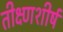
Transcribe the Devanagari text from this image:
तीक्ष्णशीर्ष